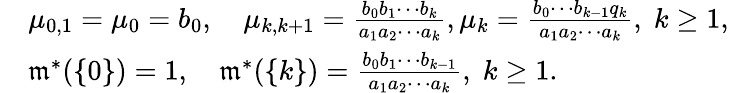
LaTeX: \begin{array}{rl}&{\mu_{0,1}=\mu_{0}=b_{0},\quad\mu_{k,k+1}=\frac{b_{0}b_{1}\cdots b_{k}}{a_{1}a_{2}\cdots a_{k}},\mu_{k}=\frac{b_{0}\cdots b_{k-1}q_{k}}{a_{1}a_{2}\cdots a_{k}},\; k\geq 1,}\\ &{\mathfrak{m}^{*}(\{ 0\} )=1,\quad\mathfrak{m}^{*}(\{ k\} )=\frac{b_{0}b_{1}\cdots b_{k-1}}{a_{1}a_{2}\cdots a_{k}},\; k\geq 1.}\end{array}